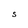
Character: S